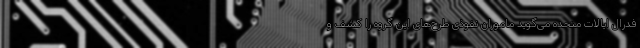
فدرال ایالات متحده می‌گوید ماموران نفوذی طرح‌های این گروه را کشف و